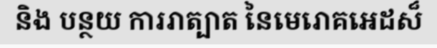
និង បន្ថយ ការរាត្បាត នៃមេរោគអេដស៏